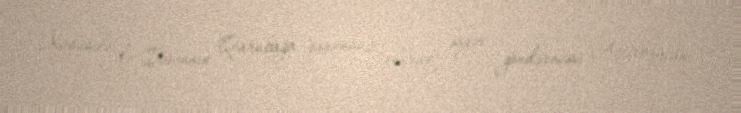
Xüsusilə də İrəvanın Qarabağa qanunsuz olaraq əsgər göndərməsi Azərbaycanı